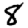
Digit: 8